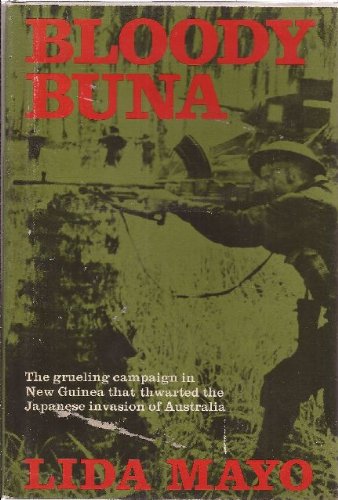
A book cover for Bloody Buna; Lida Mayo; History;